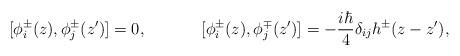
\begin{align*}[\phi^\pm_i(z),\phi^\pm_j(z')]=0,~~~~~~~~~~[\phi_i^\pm(z),\phi_j^\mp(z')]=-\frac{i\hbar}{4}\delta_{ij}h^{\pm}(z-z'),\end{align*}